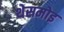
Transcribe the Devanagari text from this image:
थेसमोइ